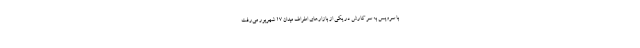
با سرویس به سر کارش در یکی از بازارهای اطراف میدان ۱۷ شهریور می‌رفت